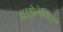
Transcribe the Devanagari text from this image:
हाइड्रोलेक्ट्रिक